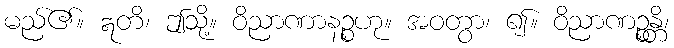
မည်၏။ ဣတိ၊ ဤသို့။ ဝိညာဏာနဉ္စဟု။ အဝတွာ၊ ၍။ ဝိညာဏဉ္စန္တိ၊